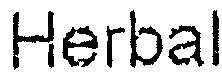
HERBAL